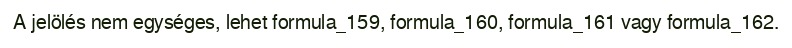
A jelölés nem egységes, lehet formula_159, formula_160, formula_161 vagy formula_162.